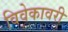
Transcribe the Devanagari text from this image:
विवेकावरी